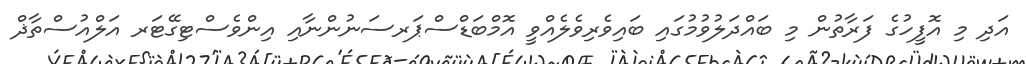
އަދި މި އޮފީހުގެ ފަރާތުން މި ބައްދަލުވުމުގައި ބައިވެރިވެލެއްވީ އޮމްބަޑްސްޕަރސަނުންނާއި އިންވެސްޓިގޭޓަރ އަލްއުސްތާޛް